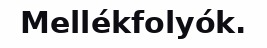
Mellékfolyók.